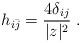
LaTeX: \begin{align*} h_{i \bar j} = \frac{4\delta_{ij}}{|z|^2} \; . \end{align*}